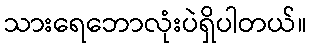
သားရေဘောလုံးပဲရှိပါတယ်။